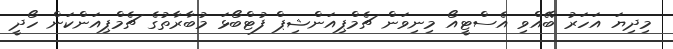
މިދިޔަ އަހަރު ބޭއްވި އެސްޓީއޯ މިނިވަން ޗެމްޕިއަންޝިޕް ފުޓްބޯޅަ މުބާރާތުގެ ޗެމްޕިއަންކަން ހޯދީ